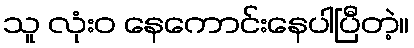
သူ လုံးဝ နေကောင်းနေပါပြီတဲ့။